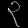
Digit: ၃